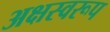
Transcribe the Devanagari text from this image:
अक्षस्वरूप